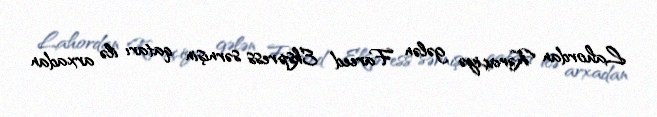
Lahordan Kəraçiyə gələn Fareed Ekspress sərnişin qatarı ilə arxadan